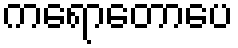
ကရောတောပေ